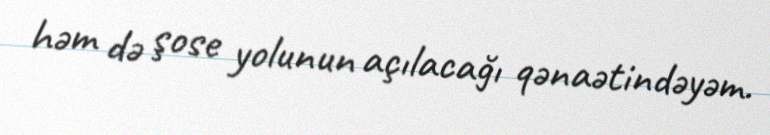
həm də şose yolunun açılacağı qənaətindəyəm.